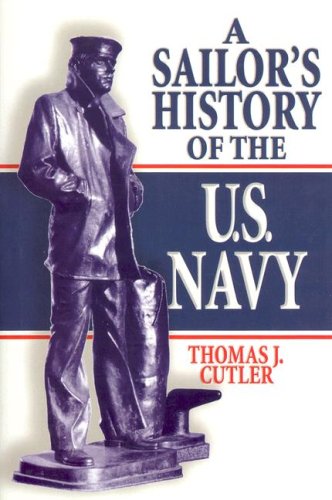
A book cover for A Sailor's History of the U.S. Navy; Thomas J. Cutler; History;